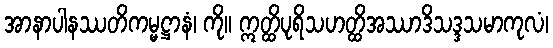
အာနာပါနဿတိကမ္မဋ္ဌာနံ၊ ကို။ ဣတ္ထိပုရိသဟတ္ထိအဿာဒိသဒ္ဒသမာကုလံ၊